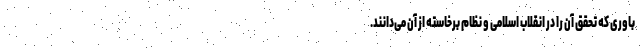
باوری که تحقق آن را در انقلاب اسلامی و نظام برخاسته از آن می‌دانند.